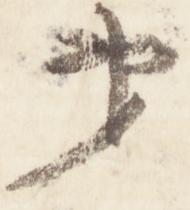
第